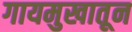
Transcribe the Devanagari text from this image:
गायमुखातून